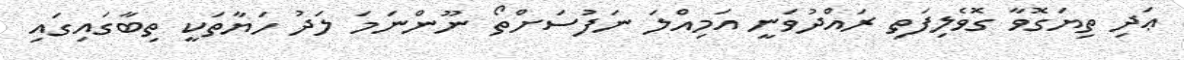
ޢަދި ތިޔަގޮވާ ގޮވެލިފަތި ރައްދުވަނީ އަމިއްލަ ނަފުސަށްތޯ ނޫންނަމަ ލަދު ހަޔާތަކީ ތިބާގައިގައި